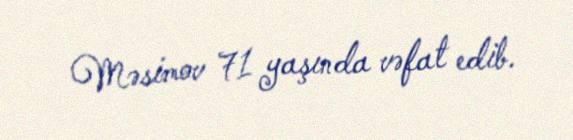
Məsimov 71 yaşında vəfat edib.